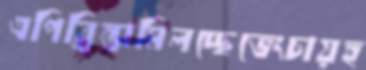
এপিব্রিন্তামিলচ্ছেভেংচায়হ